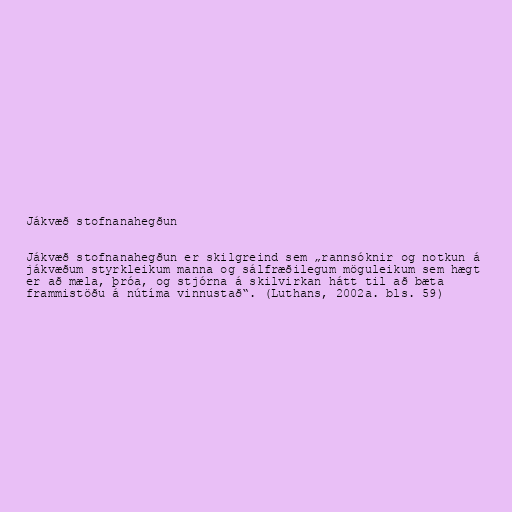
Jákvæð stofnanahegðun

Jákvæð stofnanahegðun er skilgreind sem „rannsóknir og notkun á
jákvæðum styrkleikum manna og sálfræðilegum möguleikum sem hægt
er að mæla, þróa, og stjórna á skilvirkan hátt til að bæta
frammistöðu á nútíma vinnustað“. (Luthans, 2002a. bls. 59)